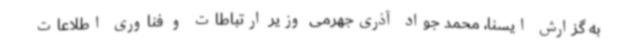
به گزارش ایسنا، محمد جواد آذری‌جهرمی وزیر ارتباطات و فناوری اطلاعات